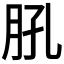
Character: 𦙥